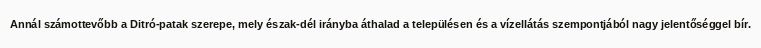
Annál számottevőbb a Ditró-patak szerepe, mely észak-dél irányba áthalad a településen és a vízellátás szempontjából nagy jelentőséggel bír.